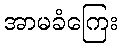
အာမခံကြေး